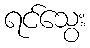
ရင်သွေး